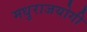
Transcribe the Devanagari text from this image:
मधुराजयोगी